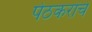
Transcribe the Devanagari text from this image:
पेठकरांचे